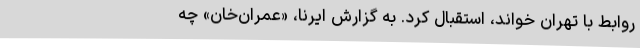
روابط با تهران خواند، استقبال کرد. به گزارش ایرنا، «عمران‌خان» چه